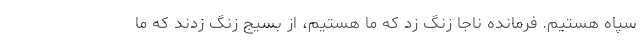
سپاه هستیم. فرمانده ناجا زنگ زد که ما هستیم، از بسیج زنگ زدند که ما